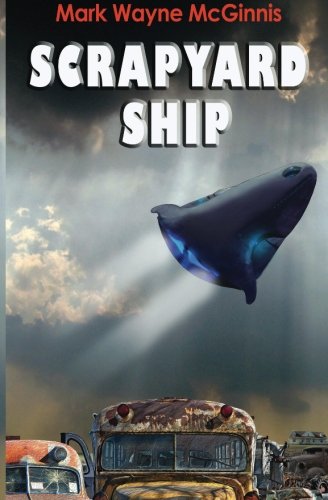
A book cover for Scrapyard Ship; Mark Wayne McGinnis; Science Fiction & Fantasy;